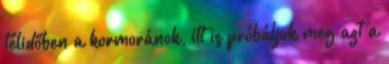
télidőben a kormoránok, itt is próbáljuk meg azt a